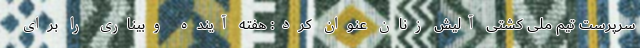
سرپرست تیم ملی کشتی آلیش زنان عنوان کرد: هفته آینده وبیناری را برای